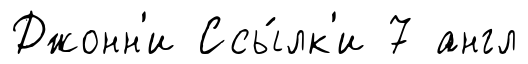
Джонн'и Ссы́лк'и 7 англ